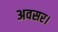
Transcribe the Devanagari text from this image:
अवसर।